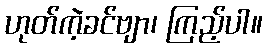
ဟုတ်ကဲ့ခင်ဗျာ၊ ကြည့်ပါ။